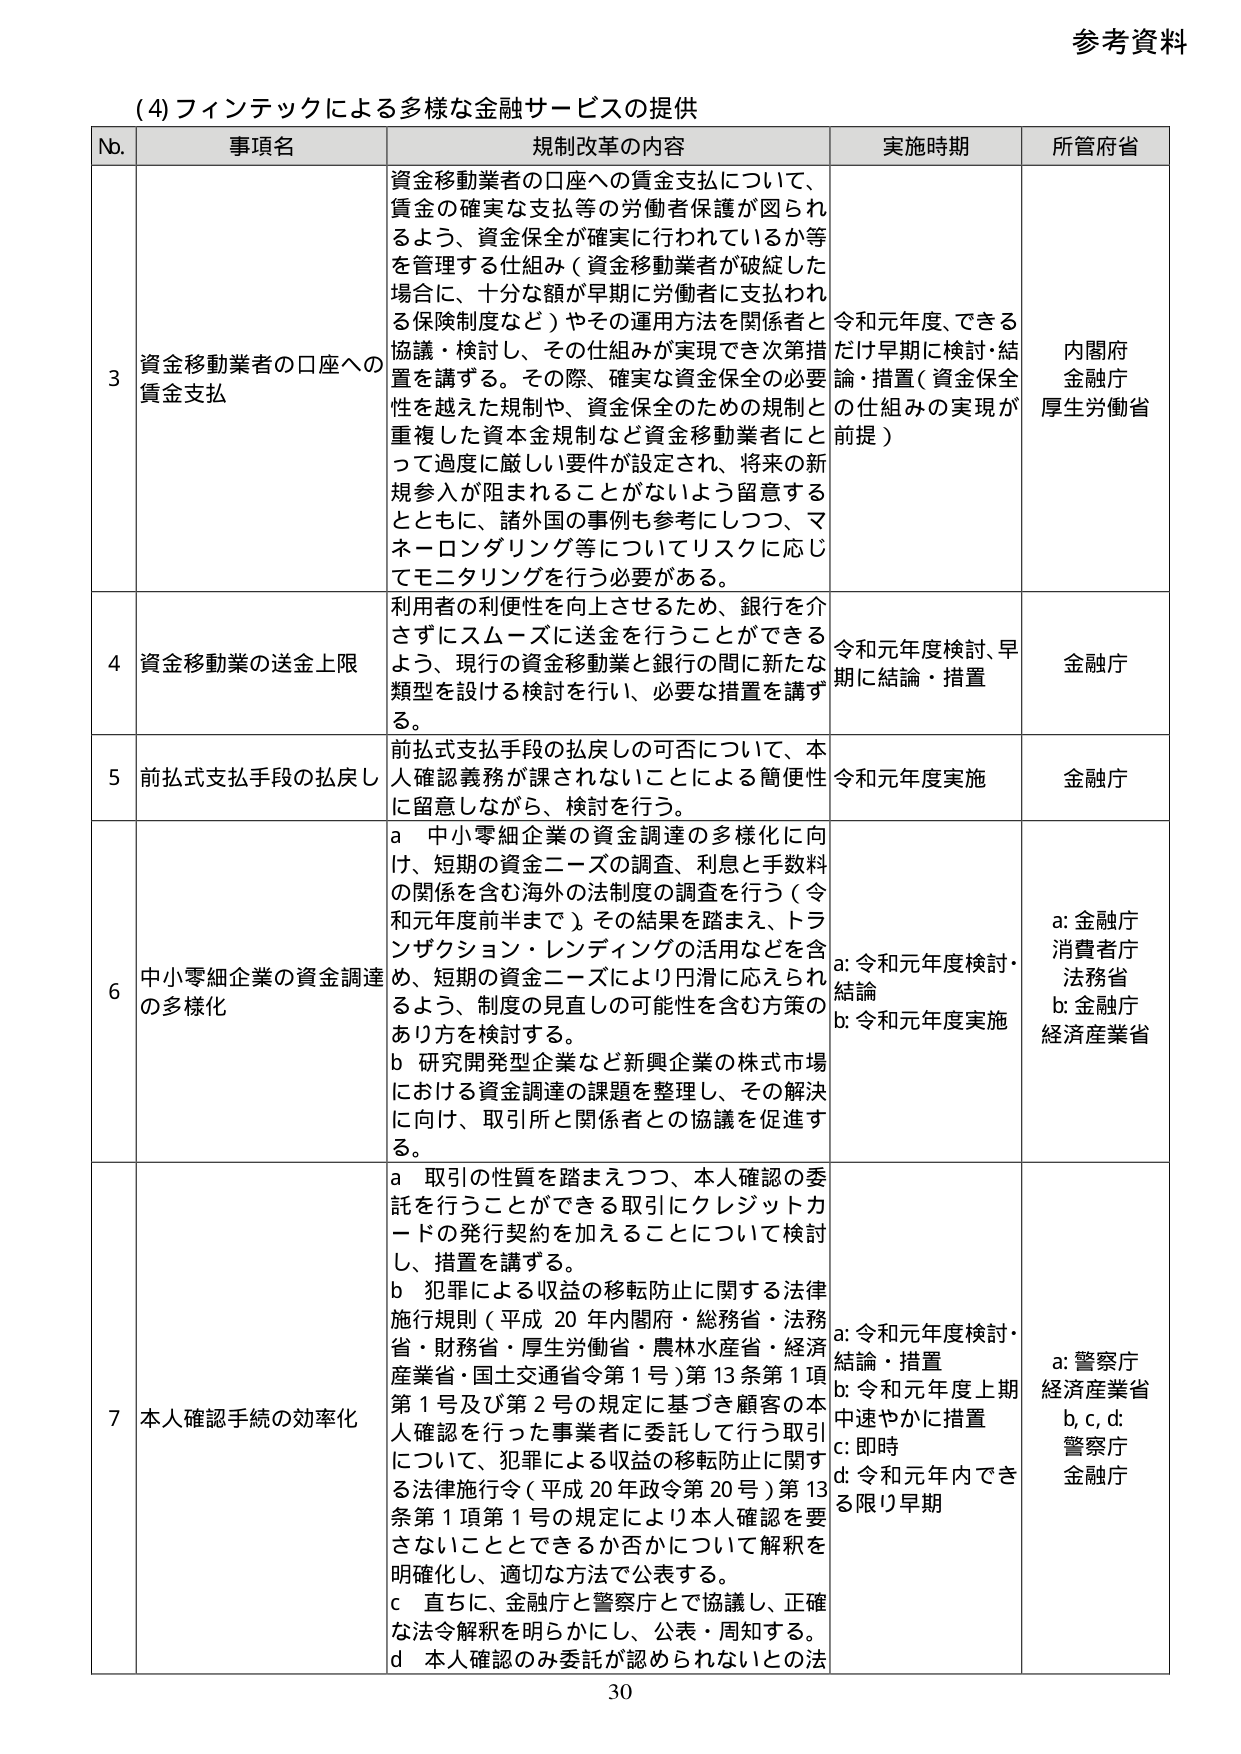
参考資料

(4) フィンテックによる多様な金融サービスの提供

No. 事項名 規制改革の内容 実施時期 所管府省

3 資金移動業者の口座への 資金移動業者の口座への賃金支払について、 賃金の確実な支払等の労働者保護が図られ るよう、資金保全が確実に行われているか等 を管理する仕組み（資金移動業者が破綻した 場合に、十分な額が早期に労働者に支払われ る保険制度など）やその運用方法を関係者と 協議・検討し、その仕組みが実現でき次第措 置を講ずる。その際、確実な資金保全の必要 性を越えた規制や、資金保全のための規制と 重複した資本金規制など資金移動業者にと って過度に厳しい要件が設定され、将来の新 規参入が阻まれることがないよう留意する とともに、諸外国の事例も参考にしつつ、マ ネーロンダリング等についてリスクに応じ てモニタリングを行う必要がある。 令和元年度、できる だけ早期に検討・結 論・措置（資金保全 の仕組みの実現が 前提） 内閣府 金融庁 厚生労働省

4 資金移動業の送金上限 利用者の利便性を向上させるため、銀行を介 さずにスムーズに送金を行うことができる よう、現行の資金移動業と銀行の間に新たな 類型を設ける検討を行い、必要な措置を講ず る。 令和元年度検討、早 期に結論・措置 金融庁

5 前払式支払手段の払戻し 前払式支払手段の払戻しの可否について、本 人確認義務が課されないことによる簡便性 に留意しながら、検討を行う。 令和元年度実施 金融庁

6 中小零細企業の資金調達 の多様化 a 中小零細企業の資金調達の多様化に向 け、短期の資金ニーズの調査、利息と手数料 の関係を含む海外の法制度の調査を行う（令 和元年度前半まで）。その結果を踏まえ、トラ ンザクション・レンディングの活用などを含 め、短期の資金ニーズにより円滑に応えられ るよう、制度の見直しの可能性を含む方策の あり方を検討する。 b 研究開発型企業など新興企業の株式市場 における資金調達の課題を整理し、その解決 に向け、取引所と関係者との協議を促進す る。 a: 令和元年度検討・ 結論 b: 令和元年度実施 a: 金融庁 消費者庁 法務省 b: 金融庁 経済産業省

7 本人確認手続の効率化 a 取引の性質を踏まえつつ、本人確認の委 託を行うことができる取引にクレジットカ ードの発行契約を加えることについて検討 し、措置を講ずる。 b 犯罪による収益の移転防止に関する法律 施行規則（平成 20 年内閣府・総務省・法務 省・財務省・厚生労働省・農林水産省・経済 産業省・国土交通省令第 1 号）第 13 条第 1 項 第 1 号及び第 2 号の規定に基づき顧客の本 人確認を行った事業者に委託して行う取引 について、犯罪による収益の移転防止に関す る法律施行令（平成 20 年政令第 20 号）第 13 条第 1 項第 1 号の規定により本人確認を要 さないこととできるか否かについて解釈を 明確化し、適切な方法で公表する。 c 直ちに、金融庁と警察庁とで協議し、正確 な法令解釈を明らかにし、公表・周知する。 d 本人確認のみ委託が認められないとの法 a: 令和元年度検討・ 結論・措置 b: 令和元年度上期 中速やかに措置 c: 即時 d: 令和元年内でき る限り早期 a: 警察庁 経済産業省 b, c, d: 警察庁 金融庁

30